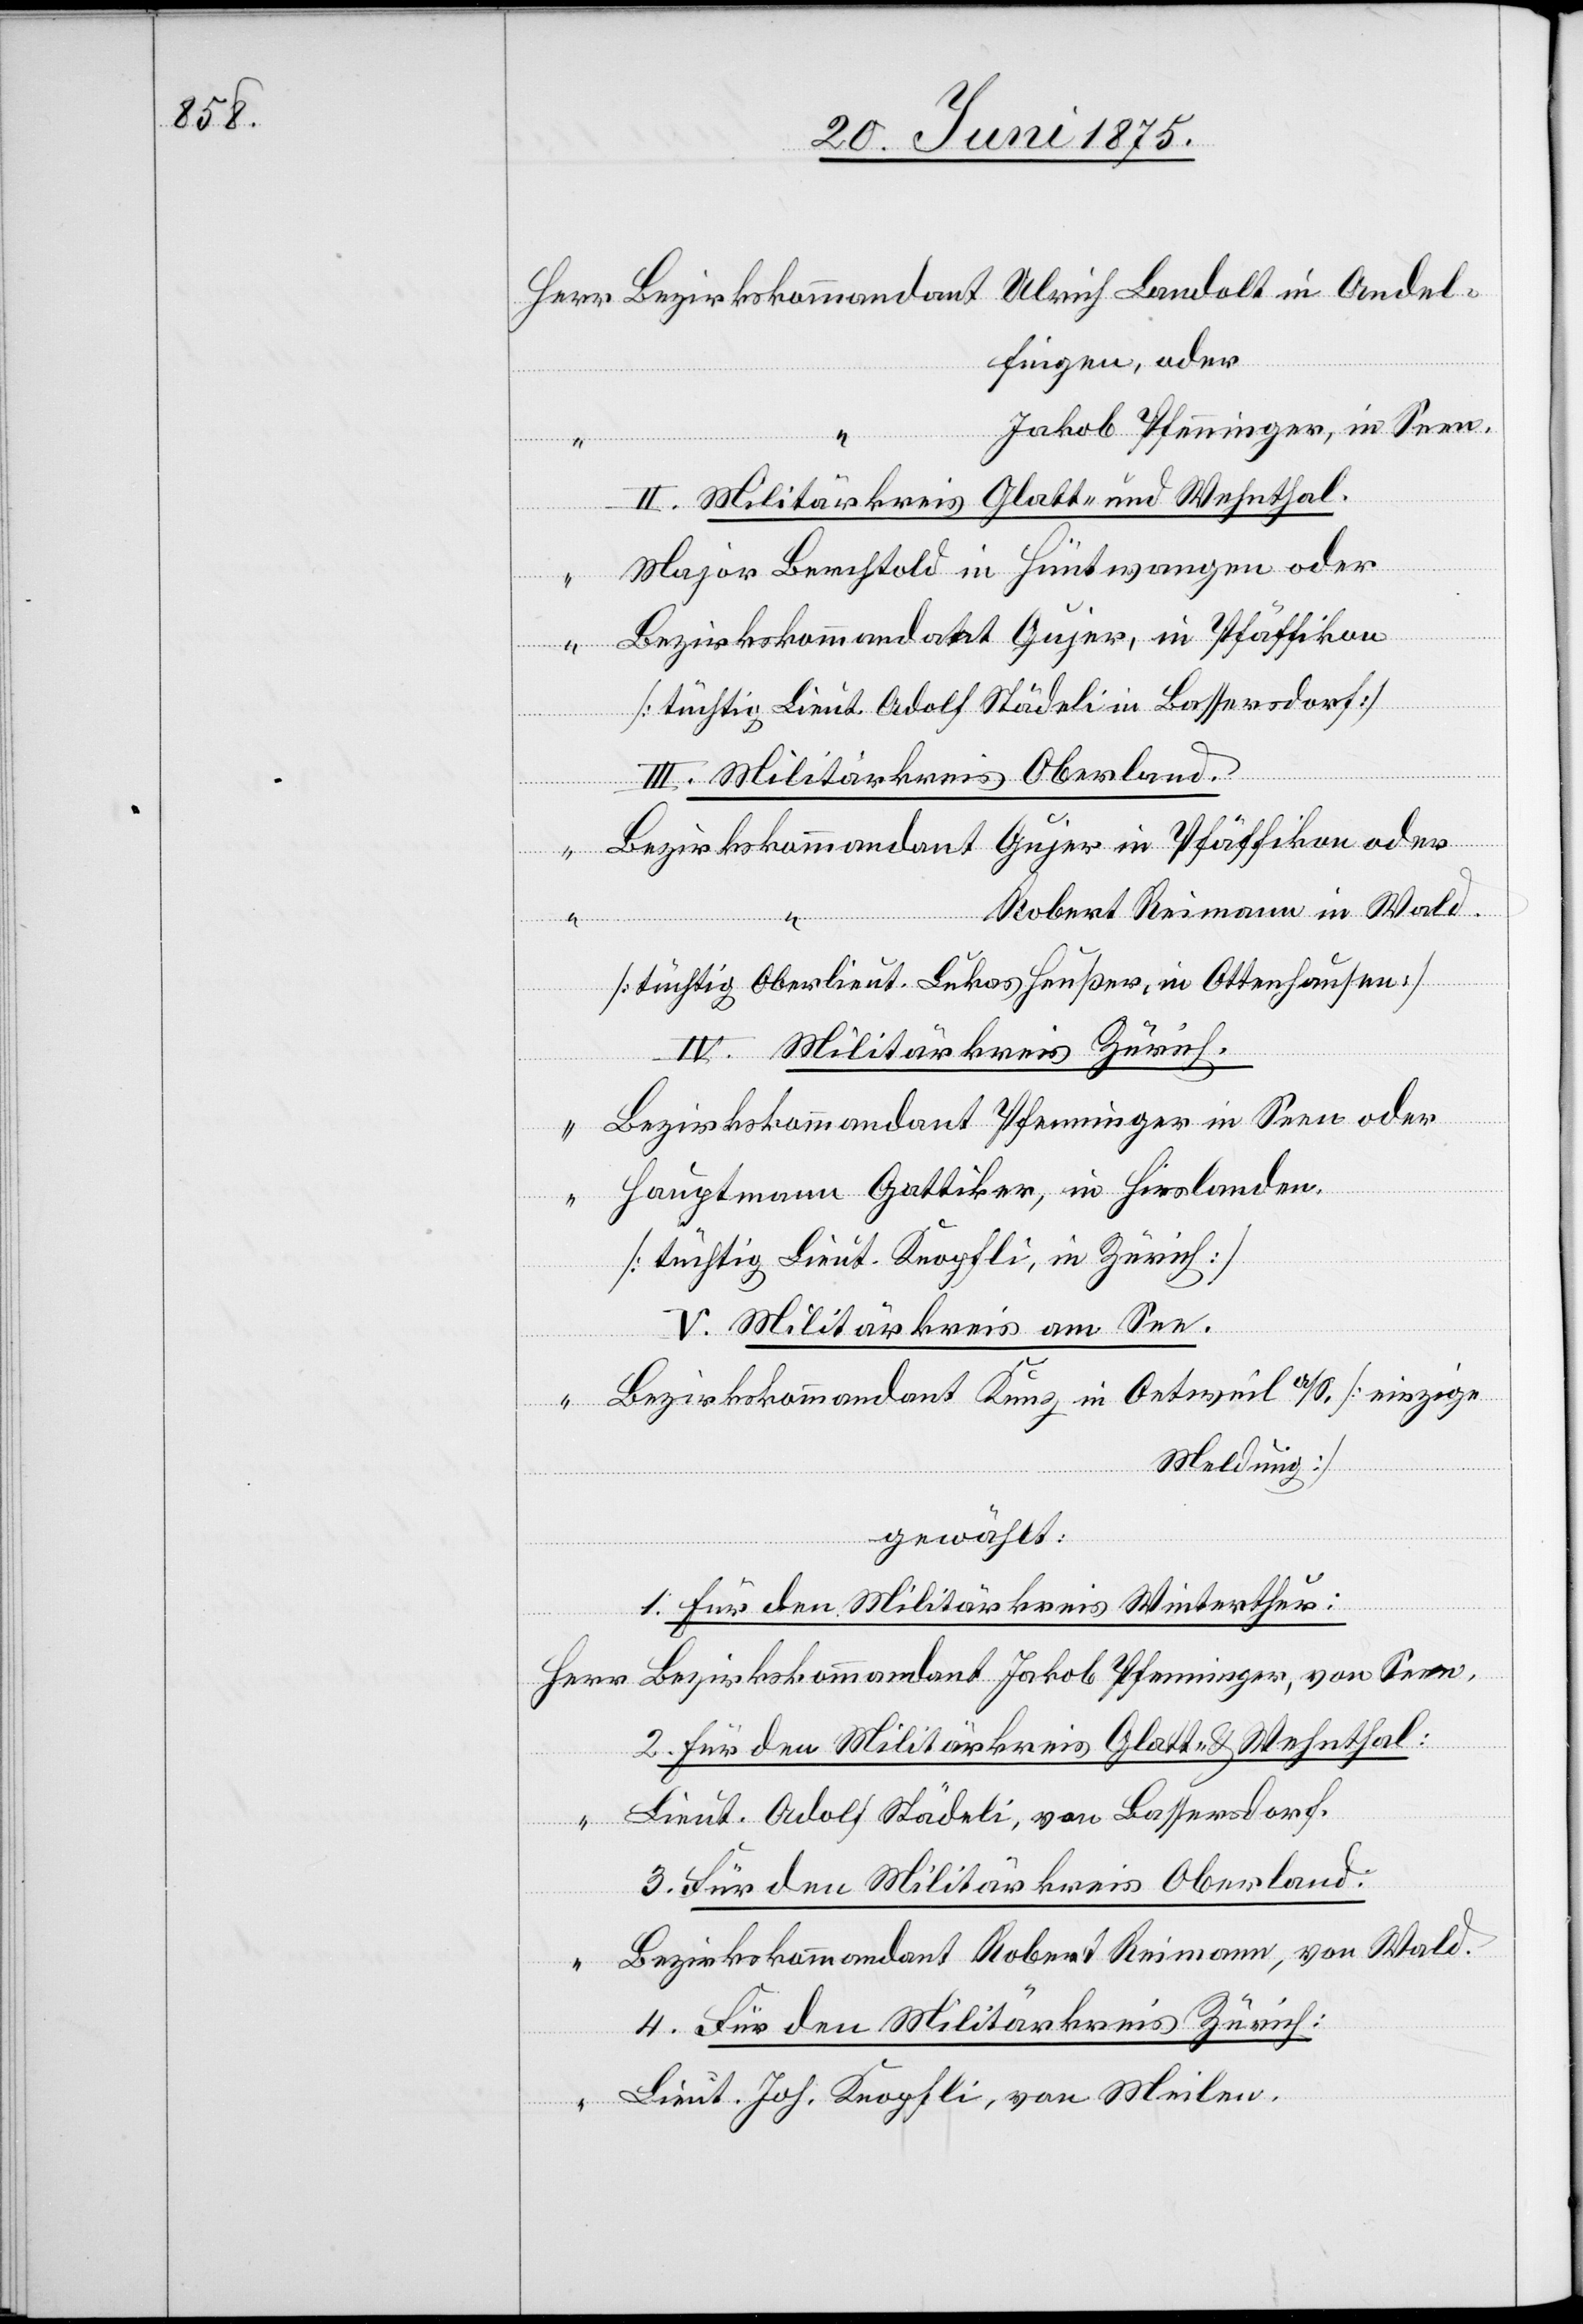
dolt

fingen, oder
Jakob Pfenninger, von Seen,
Glatt- und Wehnthal.
II. Militärkreis
Hüntwangen oder
a/S.
[tüchtig Lieut. Adolf Stucki in Bassersdorf]
III. Militärkreis Oberland.
Robert Reimann in Wald.
Andel¬
[tüchtig Oberlieut. Lukas Heußer, in Ottenhausen]
IV. Militärkreis Zürich.
Herr
[tüchtig Lieut. Knopfli, in Zürich]
V. Militärkreis am See.
Meldung]
gewählt:
1. Für den Militärkreis Winterthur:
Hirslanden
2. Für den Militärkreis Glatt- & Wehnthal:
Lieut. Adolf Städeli, von Bassersdorf,
[ein¬
zige
3. Für den Militärkreis Oberland:
Bezirkskommandant Robert Reimann, von Wald,
4. Für den Militärkreis Zürich:
Lieut. Joh. Knopfli, von Meilen,